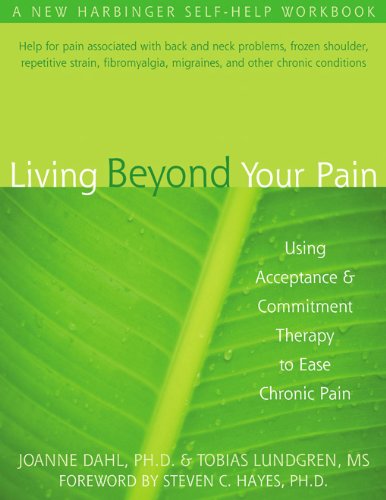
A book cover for Living Beyond Your Pain: Using Acceptance and Commitment Therapy to Ease Chronic Pain; JoAnne Dahl PhD; Health, Fitness & Dieting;